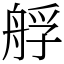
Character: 艀